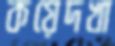
কয়েদখা